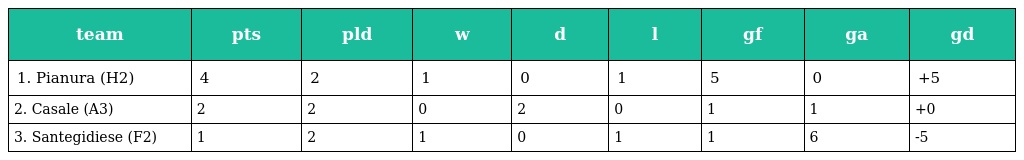
| team | pts | pld | w | d | l | gf | ga | gd |
 | --- | --- | --- | --- | --- | --- | --- | --- | --- |
 | 1. Pianura (H2) | 4 | 2 | 1 | 0 | 1 | 5 | 0 | +5 |
 | 2. Casale (A3) | 2 | 2 | 0 | 2 | 0 | 1 | 1 | +0 |
 | 3. Santegidiese (F2) | 1 | 2 | 1 | 0 | 1 | 1 | 6 | -5 |